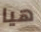
هيا